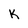
Character: K